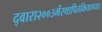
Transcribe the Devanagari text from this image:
द्वारा२००३मेंस्थापितकियागया।